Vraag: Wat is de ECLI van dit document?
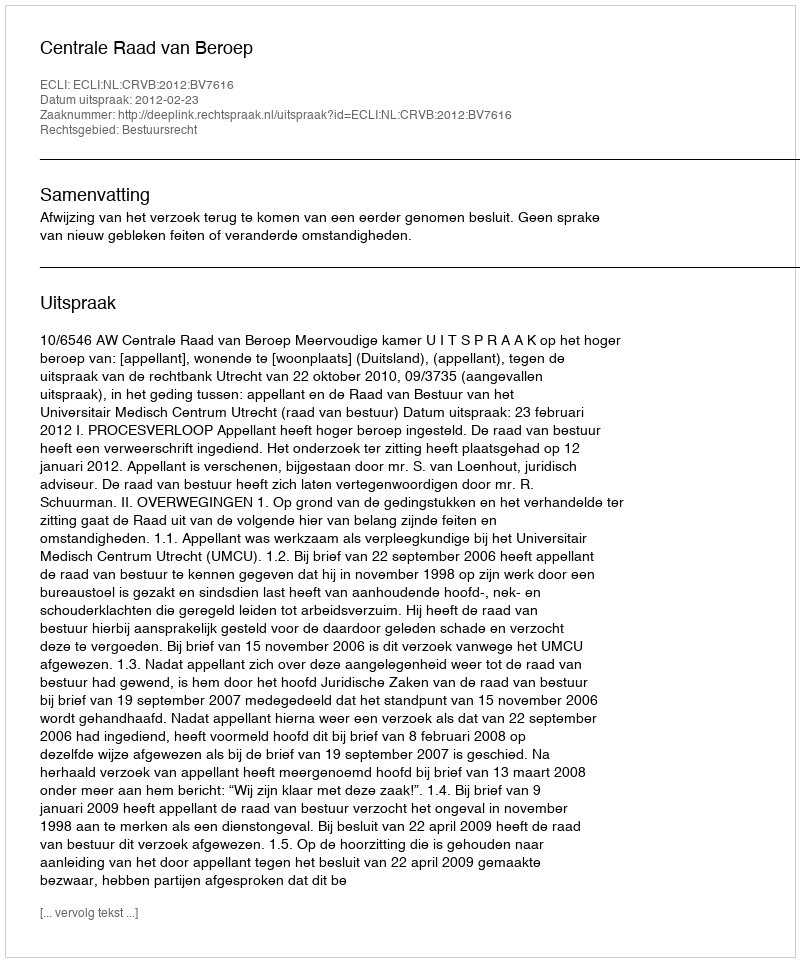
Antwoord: ECLI:NL:CRVB:2012:BV7616